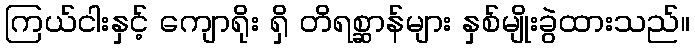
ကြယ်ငါးနှင့် ကျောရိုး ရှိ တိရစ္ဆာန်များ နှစ်မျိုးခွဲထားသည်။